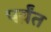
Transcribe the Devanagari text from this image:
पर्य़ंत